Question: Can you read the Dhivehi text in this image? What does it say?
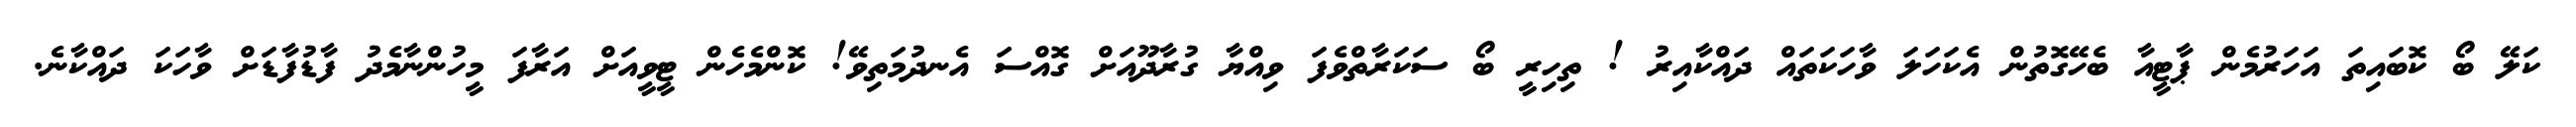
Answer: ކަލޭ ބޯ ކޮބައިތަ އަހަރުމެން ޕާޓީއާ ބެހޭގޮތުން އެކަހަލަ ވާހަކަތައް ދައްކާއިރު ! ތިހިރީ ބޯ ސަކަރާތްވެފަ ވިއްޔާ ގުރާދޫއަށް ގޮއްސަ އެނދުމަތިވޭ! ކޮންމެހެން ޓީވީއަށް އަރާފަ މީހުންނާމެދު ފާޑުފާޑަށް ވާހަކަ ދައްކާނެ.